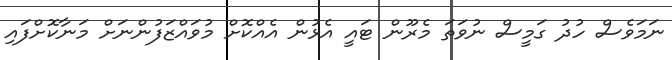
ނަމަވެސް ހުދު ގަމީސް ނުވަތަ މެރޫން ޓައީ އެޅުން އެއްކޮށް މުވައްޒަފުންނަށް މަނާކޮށްފައި